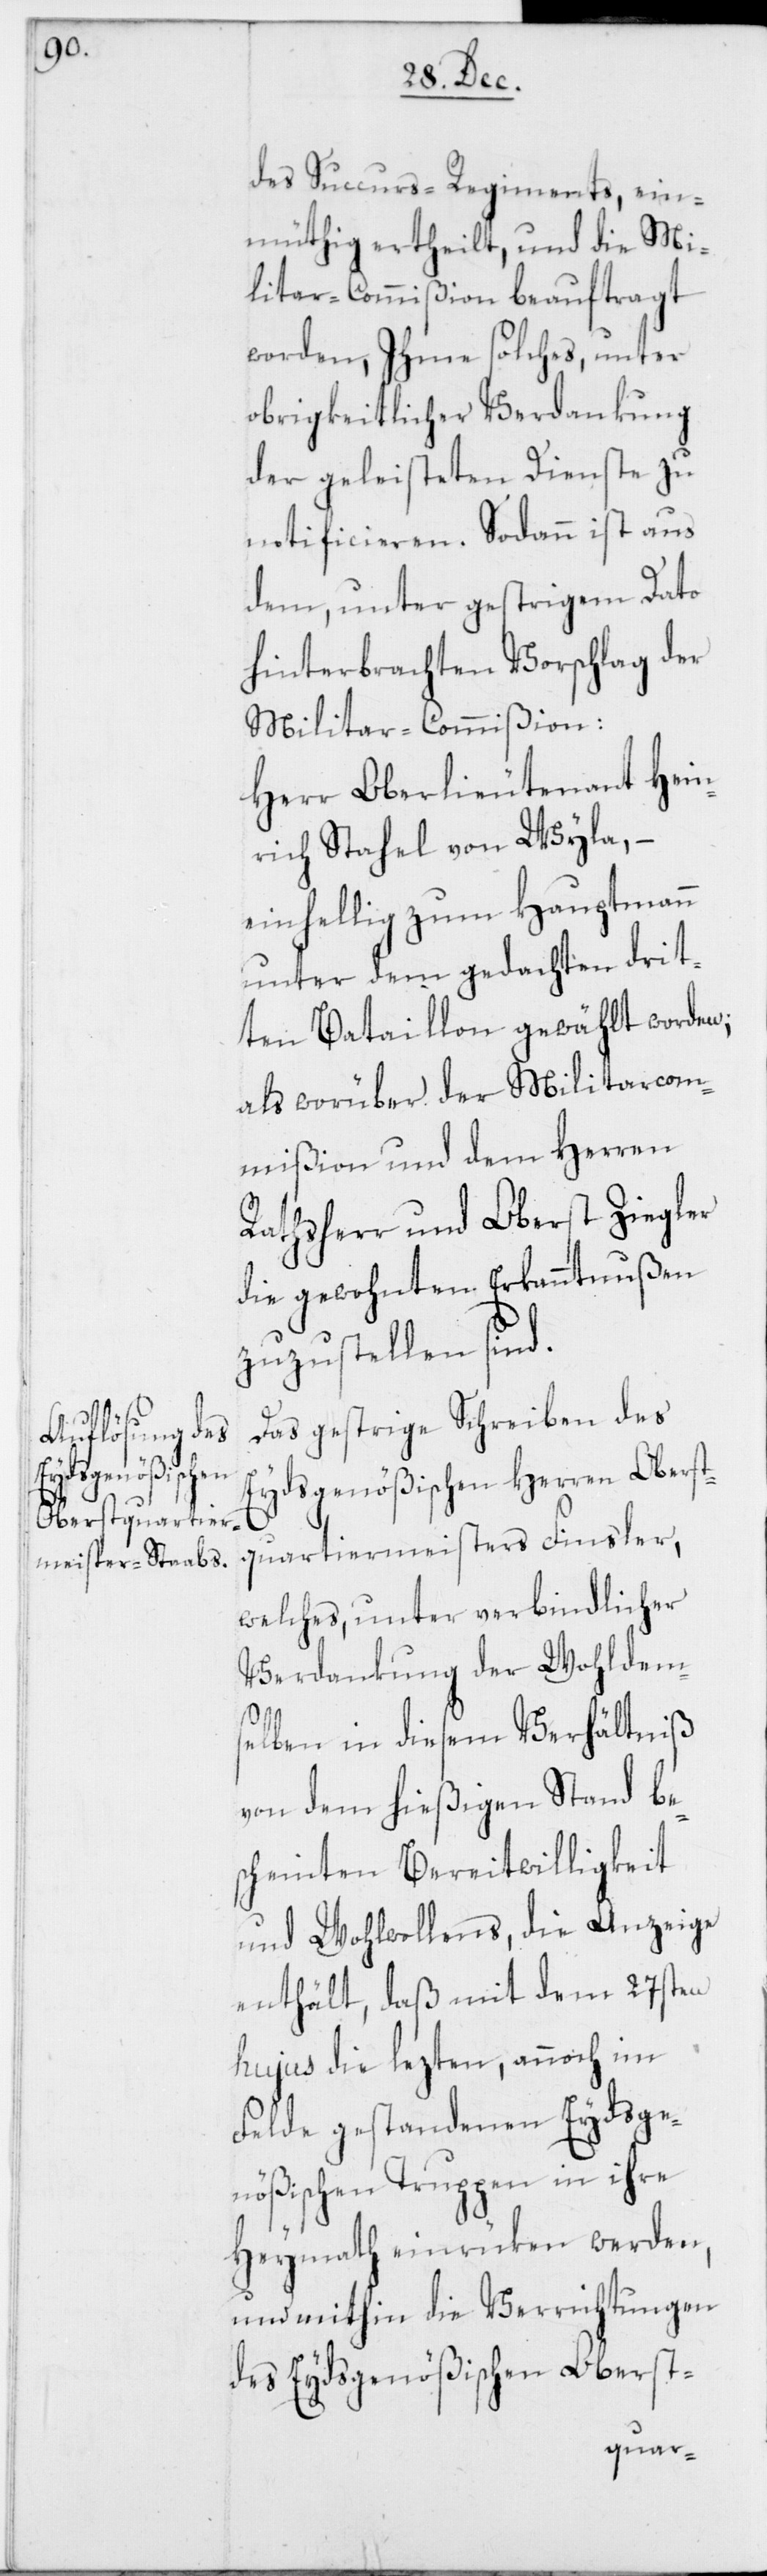
des Succurs-Regiments, ein¬
müthig ertheilt, und die Mi¬
litar-Commißion beauftragt
worden, Ihme solches, unter
obrigkeitlicher Verdankung
der geleisteten Dienste zu
notificieren. Sodann ist aus
dem, unter gestrigem Dato
hinterbrachten Vorschlag der
Militar-Commißion:
Herr Oberlieutenant Hein¬
rich Stahel von Wyla, –
einhellig zum Hauptmann
unter dem gedachten drit¬
ten Bataillon gewählt worden;
als worüber der Militarcom¬
mißion und dem Herren
Ratsherr und Oberst Ziegler
die gewohnten Erkanntnußen
zuzustellen sind.
Das gestrige Schreiben des
Eydsgenößischen Herren Oberst¬
quartiermeisters Finsler,
welches, unter verbindlicher
Verdankung der Wohldem¬
selben in diesem Verhältniß
von dem hießigen Stand be¬
scheinten Bereitwilligkeit
und Wohlwollens, die Anzeige
enthält, daß mit dem 27sten
hujus die lezten, annoch im
Felde gestandenen Eydsge¬
nößischen Truppen in ihre
Heymath einrüken werden,
und mithin die Verrichtungen
des Eydsgenößischen Oberst-